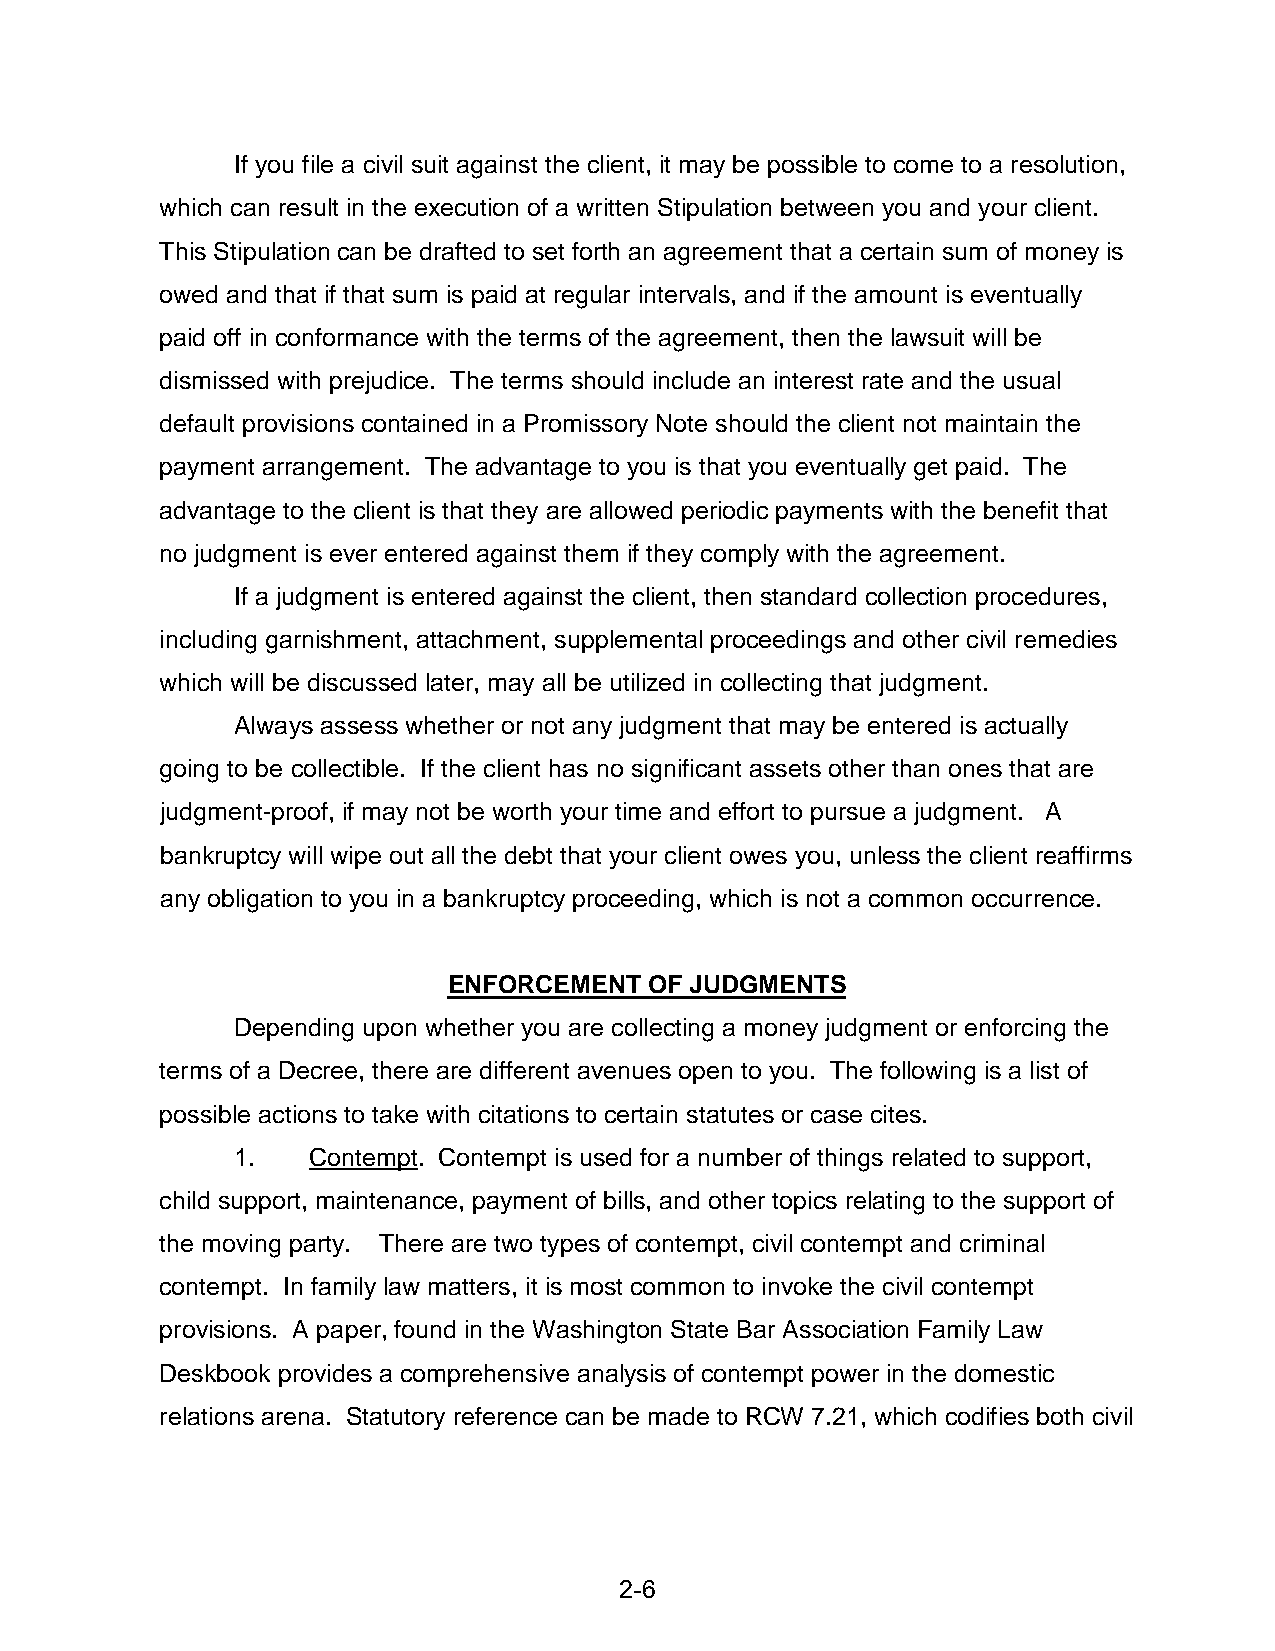
If you file a civil suit against the client, it may be possible to come to a resolution,
 which can result in the execution of a written Stipulation between you and your client.
 This Stipulation can be drafted to set forth an agreement that a certain sum of money is
 owed and that if that sum is paid at regular intervals, and if the amount is eventually
 paid off in conformance with the terms of the agreement, then the lawsuit will be
 dismissed with prejudice. The terms should include an interest rate and the usual
 default provisions contained in a Promissory Note should the client not maintain the
 payment arrangement. The advantage to you is that you eventually get paid. The
 advantage to the client is that they are allowed periodic payments with the benefit that
 no judgment is ever entered against them if they comply with the agreement.
 If a judgment is entered against the client, then standard collection procedures,
 including garnishment, attachment, supplemental proceedings and other civil remedies
 which will be discussed later, may all be utilized in collecting that judgment.
 Always assess whether or not any judgment that may be entered is actually
 going to be collectible. If the client has no significant assets other than ones that are
 judgment-proof, if may not be worth your time and effort to pursue a judgment. A
 bankruptcy will wipe out all the debt that your client owes you, unless the client reaffirms
 any obligation to you in a bankruptcy proceeding, which is not a common occurrence.
 ENFORCEMENT  OF JUDGMENTS
 Depending upon whether you are collecting a money judgment or enforcing the
 terms of a Decree, there are different avenues open to you. The following is a list of
 possible actions to take with citations to certain statutes or case cites.
 1.  Contempt. Contempt is used for a number of things related to support,
 child support, maintenance, payment of bills, and other topics relating to the support of
 the moving party. There are two types of contempt, civil contempt and criminal
 contempt. In family law matters, it is most common to invoke the civil contempt
 provisions. A paper, found in the Washington State Bar Association Family Law
 Deskbook provides a comprehensive analysis of contempt power in the domestic
 relations arena. Statutory reference can be made to RCW 7.21, which codifies both civil
 2-6